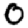
Digit: 0